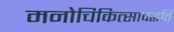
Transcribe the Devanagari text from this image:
मनोचिकित्सापद्धति